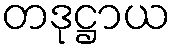
တဒုဋ္ဌာယ